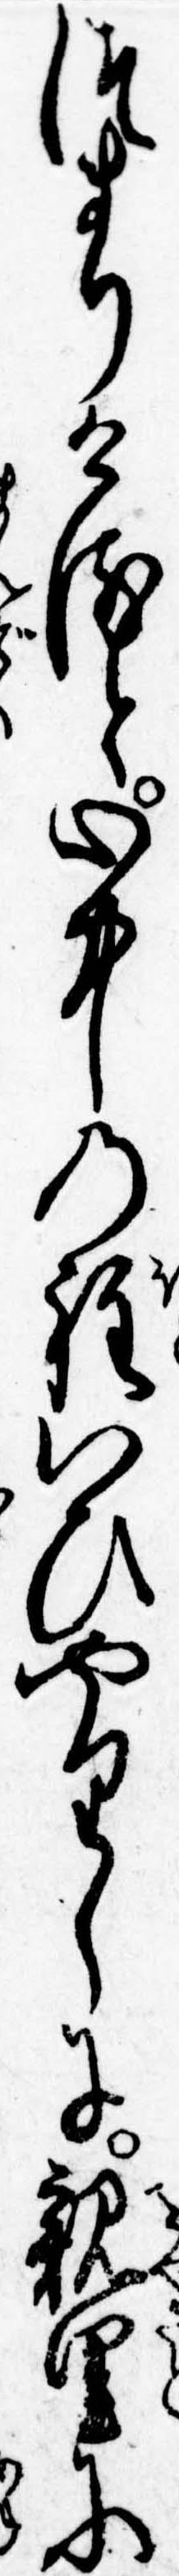
つまりけると心中の程いひやりしに親里に